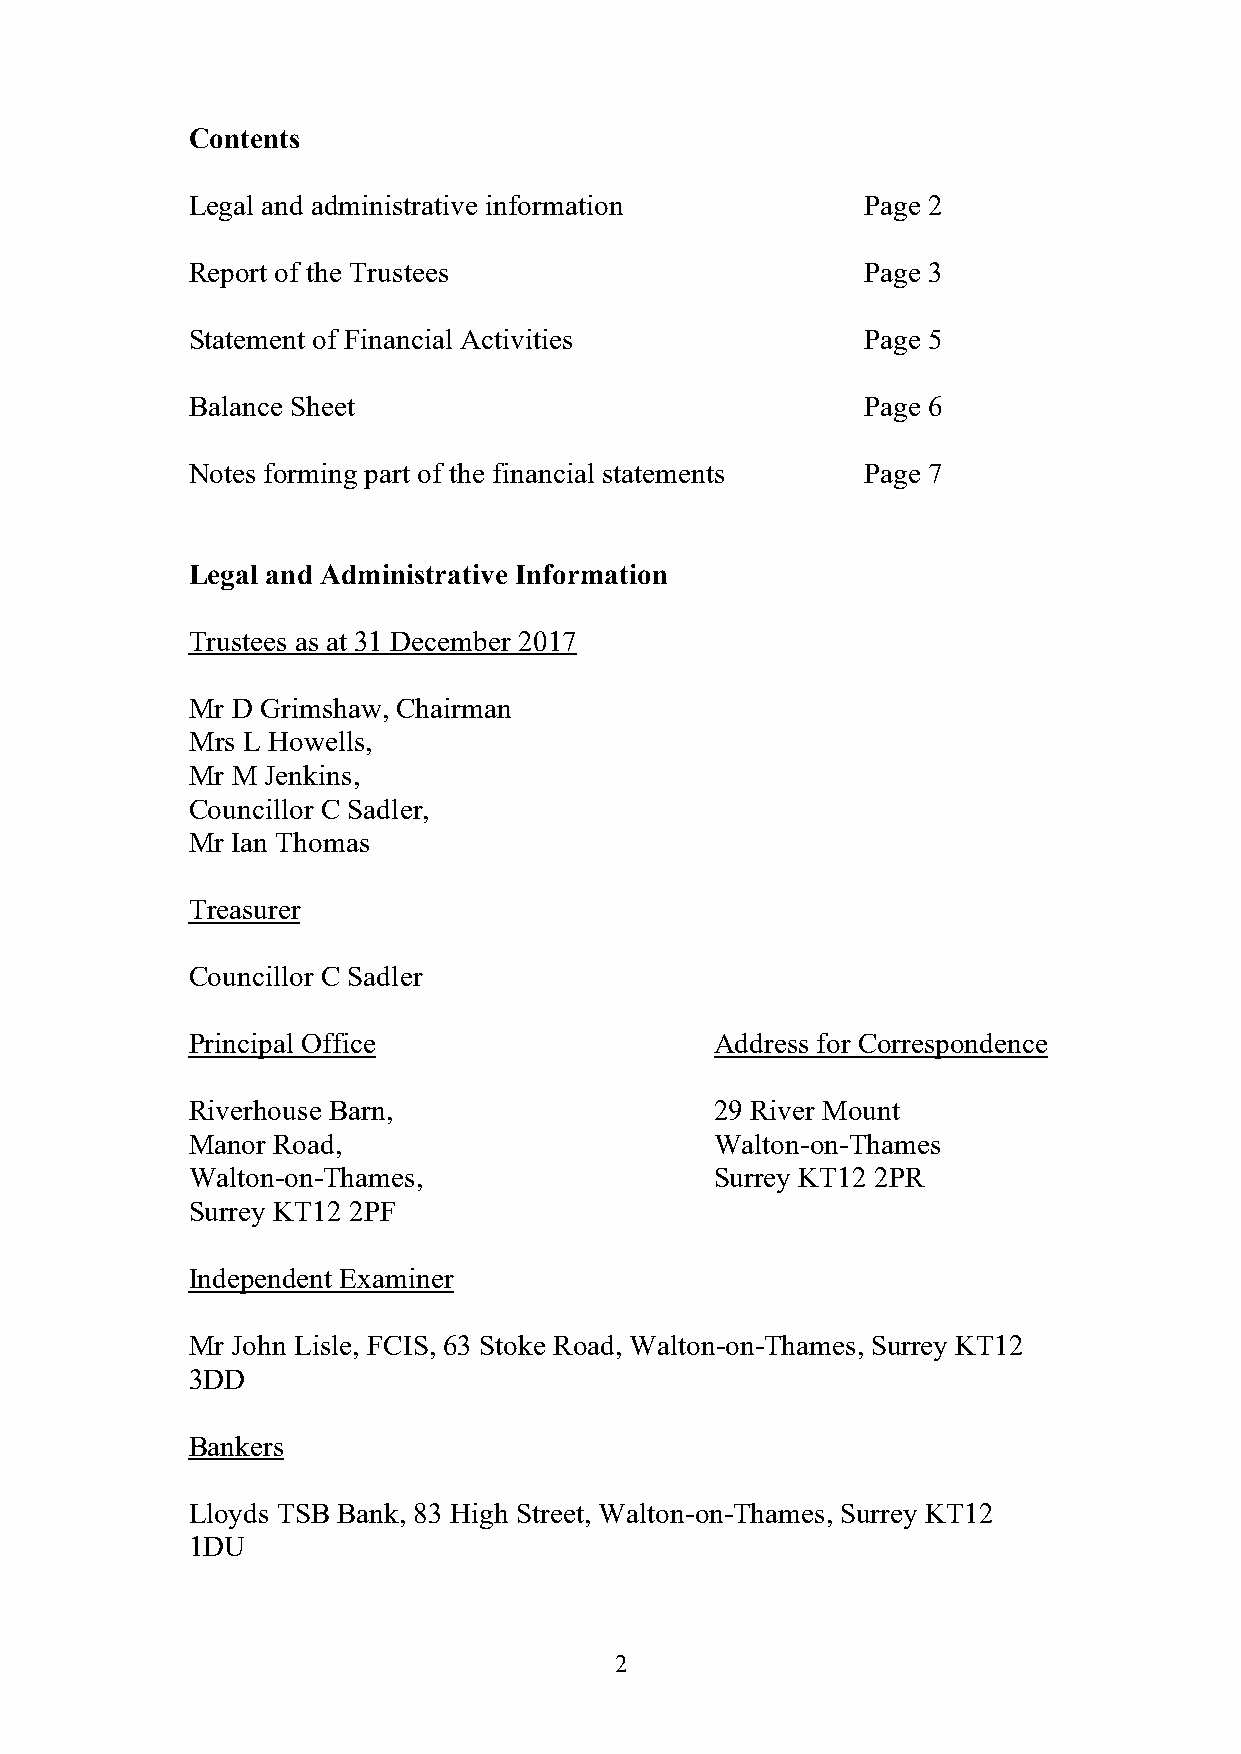
Contents
 Legal and administrative information         Page 2
 Report of the Trustees                       Page 3
 Statement of Financial Activities            Page 5
 Balance Sheet                                Page 6
 Notes forming part of the financial statements Page 7
 Legal and Administrative Information
 Trustees as at 31 December 2017
 Mr D Grimshaw, Chairman
 Mrs L Howells,
 Mr M  Jenkins,
 Councillor C Sadler,
 Mr Ian Thomas
 Treasurer
 Councillor C Sadler
 Principal Office                   Address for Correspondence
 Riverhouse Barn,                   29 River Mount
 Manor Road,                        Walton-on-Thames
 Walton-on-Thames,                  Surrey KT12 2PR
 Surrey KT12 2PF
 Independent Examiner
 Mr John Lisle, FCIS, 63 Stoke Road, Walton-on-Thames, Surrey KT12
 3DD
 Bankers
 Lloyds TSB Bank, 83 High Street, Walton-on-Thames, Surrey KT12
 1DU
 2